Civil Veterinary Department Bihar & Orissa reports 1922-29 - 1922-1929
Year: 1922
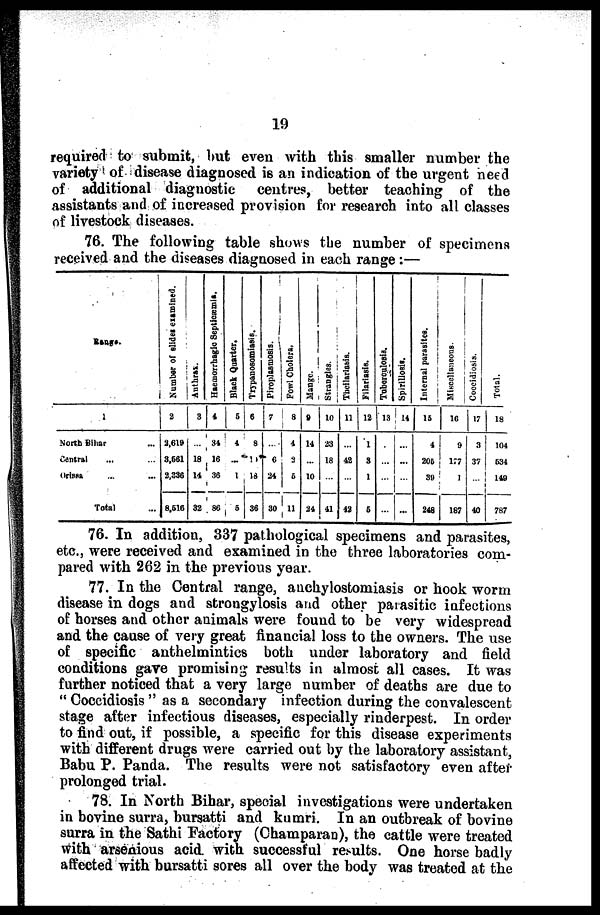
19
required to submit, but even with this smaller number the
variety of disease diagnosed is an indication of the urgent need
of additional diagnostic
centres, better teaching of the
assistants and of increased provision for research into all classes
of livestock diseases.
76. The following table shows the number of specimens
received and the diseases diagnosed in each range:—
Range
1
North Bihar ...
Central ... ...
Orissa ... ...
Total ...
Number of slides examined.
2
3.619
3,661
2,336
8,610
Anthrax.
3
...
18
14
32
Haemorrhagic Spetieæmia
4
34
16
36
86
Black Qusrter.
5
4
...
1
5
Trypasomiasis
6
8
18
36
Piraoplasmasis
7
6
24
30
Fowl cholera
8
4
3
11
Mange
9
14
...
10
24
Strangles
10
23
18
...
41
Tbeilarasis
11
42
42
Filariasis
12
1
3
1
6
Tuberculosis
13
...
...
...
...
Spirillosis.
14
...
...
...
...
Internal parasites
15
4
206
39
248
Miscellaneous.
16
9
177
187
Coecidisis
17
3
37
40
Total.
18
104
634
140
787
76. In addition, 337 pathological specimens and parasites,
etc., were received and examined in the three laboratories com-
pared with 262 in the previous year.
77. In the Central range, anchylostomiasis or hook worm
disease in dogs and strongylosis and other parasitic infections
of horses and other animals were fouud to be very widespread
and the cause of very great financial loss to the owners. The use
of specific anthelmintics both under laboratory and field
conditions gave promising results in almost all cases. It was
further noticed that a very large number of deaths are due to
" Coccidiosis " as a secondary infection during the convalescent,
stage after infectious diseases, especially riuderpest. In order
to find out, if possible, a specific for this disease experiments
with different drugs were carried out by the laboratory assistant,
Babu P. Panda. The results were not satisfactory even after
prolonged trial.
78. In North Bihar, special investigations were undertaken
in bovine surra, bursatti and kumri. In an outbreak of bovine
surra in the Sathi Factory (Champaran), the cattle were treated
with arsenious acid, with successful results. One horse badly
affected with bursatti sores all over the body was treated at the